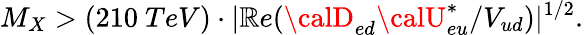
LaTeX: M_{X}>(210~TeV)\cdot|\mathbb{R}e({{\calD}_{ed}{\calU}_{eu}^{*}}/{V_{ud}})|^{1/2}.